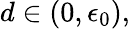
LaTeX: d\in(0,\epsilon_{0}),